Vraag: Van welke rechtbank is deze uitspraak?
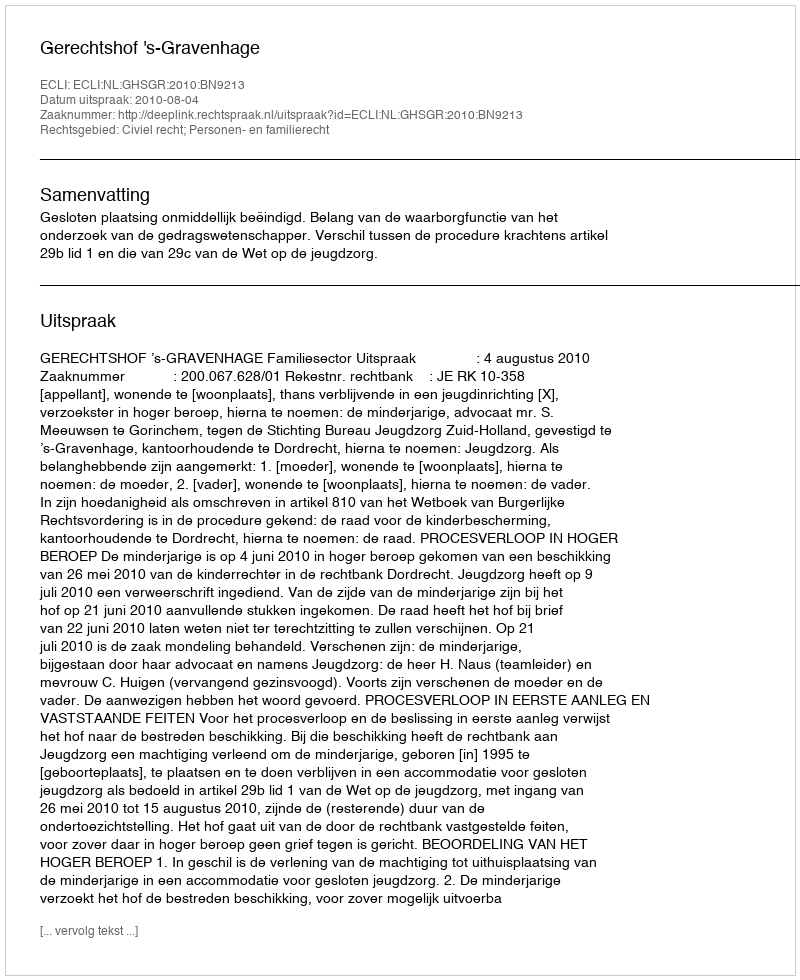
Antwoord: Gerechtshof 's-Gravenhage